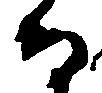
而